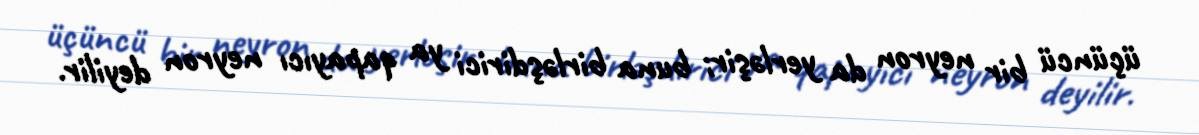
üçüncü bir neyron da yerləşir; buna birləşdirici ya qapayıcı neyron deyilir.